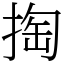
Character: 掏